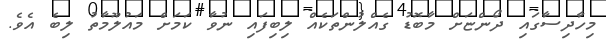
މިހާދިސާގައި ދޯންޏަށް މާބޮޑު ގެއްލުންތަކެއް ލިބިފައި ނުވާ ކަމަށް މައުލޫމާތު ލިބެ އެވެ.